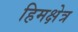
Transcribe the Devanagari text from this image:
हिमक्षेत्र